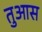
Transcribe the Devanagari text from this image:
तुआस